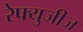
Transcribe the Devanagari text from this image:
रेफ्युजीज